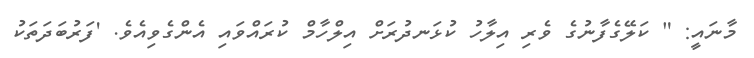
މާނައީ: " ކަލޭގެފާނުގެ ވެރި އިލާހު ކުޅަނދުރަށް އިލްހާމް ކުރައްވައި އެންގެވިއެވެ. 'ފަރުބަދަތަކު